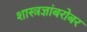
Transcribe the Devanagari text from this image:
शास्त्रज्ञांबरोबर